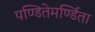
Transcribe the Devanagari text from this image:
पण्डितेमर्ण्डिता